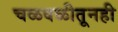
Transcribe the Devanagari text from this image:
चळवळीतूनही